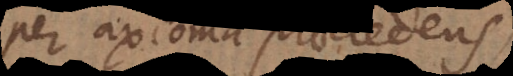
(per axioma praecedens)